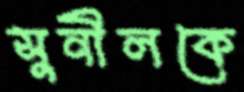
সুনীলকে